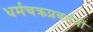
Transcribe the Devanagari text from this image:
धर्मचक्रप्रवर्तनों